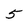
Character: 5